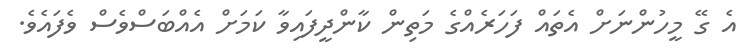
އެ ގޭ މީހުންނަށް އެތައް ފަހަރެއްގެ މަތިން ކާންދީފައިވާ ކަމަށް އެއްބަސްވެސް ވެފައެވެ.